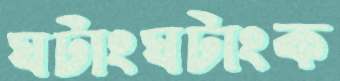
ঘটাংঘটাংক